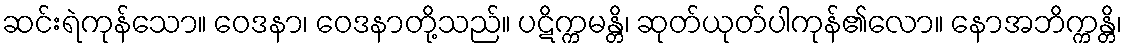
ဆင်းရဲကုန်သော။ ဝေဒနာ၊ ဝေဒနာတို့သည်။ ပဋိက္ကမန္တိ၊ ဆုတ်ယုတ်ပါကုန်၏လော။ နောအဘိက္ကန္တိ၊